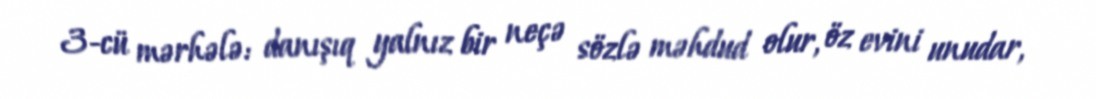
3-cü mərhələ: danışıq yalnız bir neçə sözlə məhdud olur, öz evini unudar,